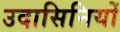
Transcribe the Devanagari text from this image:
उदासिनियों